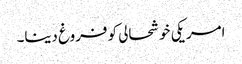
امریکی خوشحالی کو فروغ دینا۔